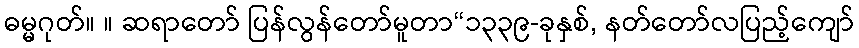
ဓမ္မဂုတ်။ ။ ဆရာတော် ပြန်လွန်တော်မူတာ“၁၃၃၉-ခုနှစ်, နတ်တော်လပြည့်ကျော်